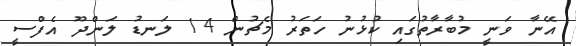
އޭނާ ވަނީ މުބާރާތުގައި ކުޅުނު ހަތަރު މެޗުން 14 ލަނޑު ލަންދޫ އެފްސީ